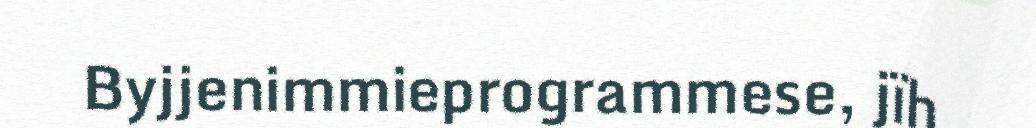
Byjjenimmieprogrammese, jïh